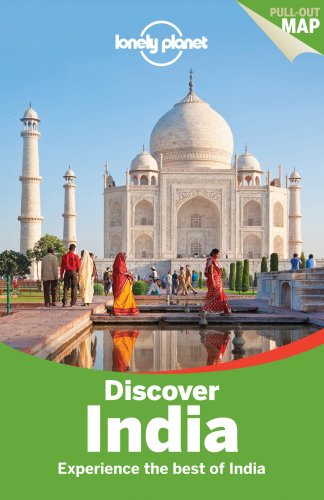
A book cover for Lonely Planet Discover India (Travel Guide); Lonely Planet; Travel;